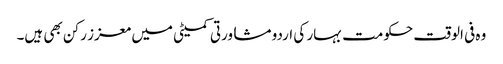
وہ فی الوقت حکومت بہار کی اردو مشاورتی کمیٹی میں معزز رکن بھی ہیں۔